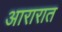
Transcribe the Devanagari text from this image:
आरारात